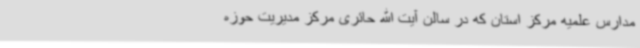
مدارس علمیه مرکز استان که در سالن آیت الله حائری مرکز مدیریت حوزه